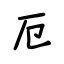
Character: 厄